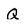
Character: Q